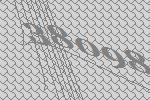
38098